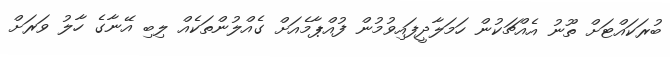
ބުރަކައްޓަށް ތޫނު އެއްޗަކުން ހަމަލާދީފައިވުމުން ފުއްޕާމެއަށް ގެއްލުންތަކެއް ލިބި އޭނާގެ ހާލު ވަރަށް